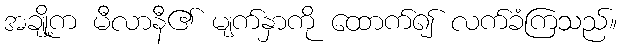
အချို့က မီလာနီ၏ မျက်နှာကို ထောက်၍ လက်ခံကြသည်။